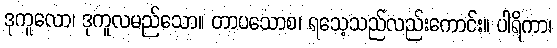
ဒုကူလော၊ ဒုကူလမည်သော။ တာပသောစ၊ ရသေ့သည်လည်းကောင်း။ ပါရိကာ၊